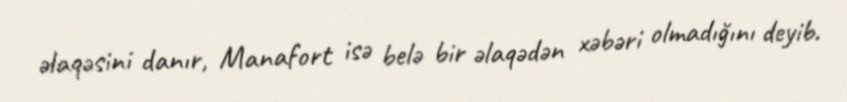
əlaqəsini danır, Manafort isə belə bir əlaqədən xəbəri olmadığını deyib.